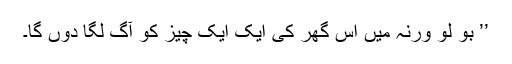
’’ بو لو ورنہ میں اس گھر کی ایک ایک چیز کو آگ لگا دوں گا۔